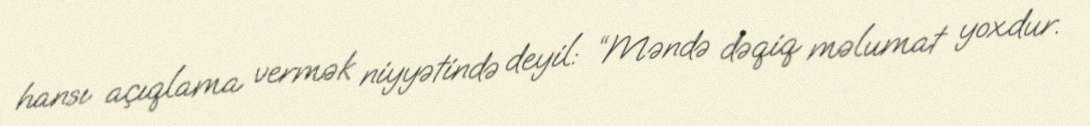
hansı açıqlama vermək niyyətində deyil: “Məndə dəqiq məlumat yoxdur.